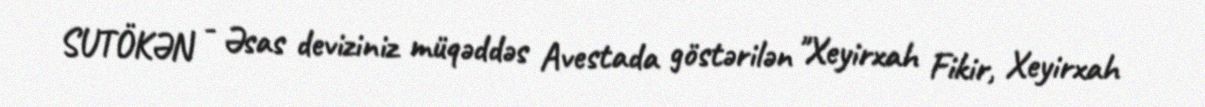
SUTÖKƏN - Əsas deviziniz müqəddəs Avestada göstərilən "Xeyirxah Fikir, Xeyirxah